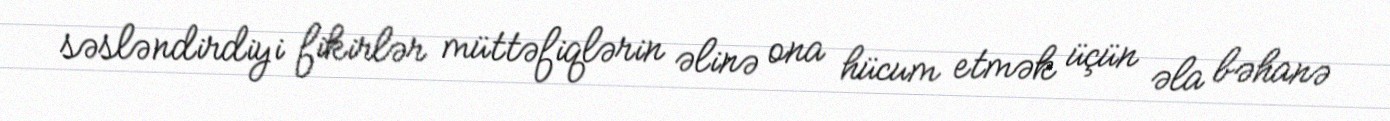
səsləndirdiyi fikirlər müttəfiqlərin əlinə ona hücum etmək üçün əla bəhanə